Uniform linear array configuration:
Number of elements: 12
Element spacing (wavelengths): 1
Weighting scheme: uniform
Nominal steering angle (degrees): -30
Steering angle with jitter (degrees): -30.515
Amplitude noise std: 0.05
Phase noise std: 0.05

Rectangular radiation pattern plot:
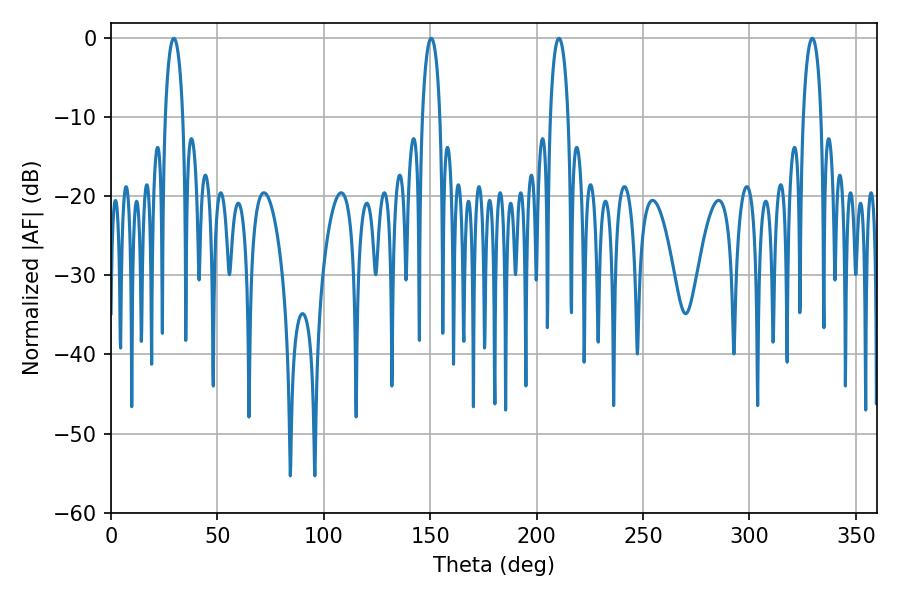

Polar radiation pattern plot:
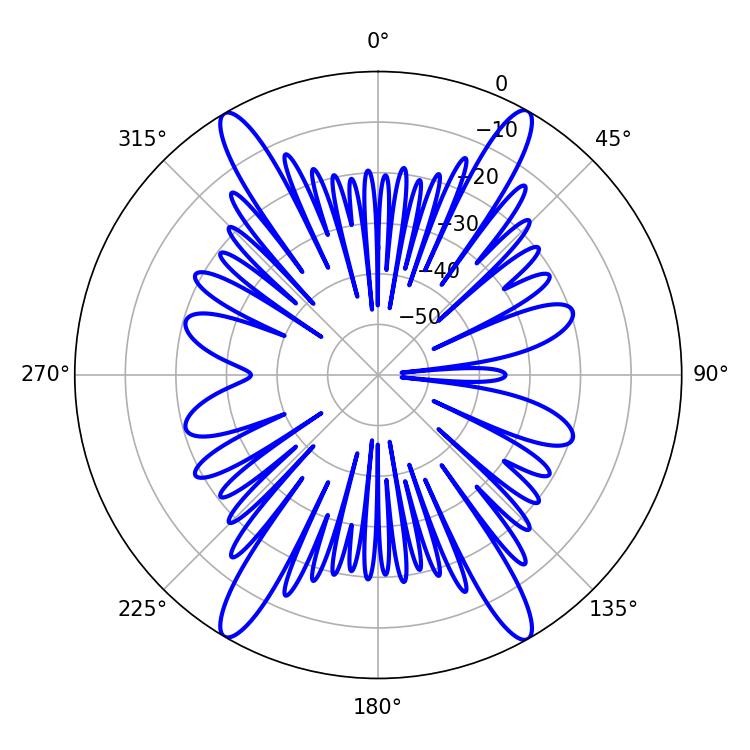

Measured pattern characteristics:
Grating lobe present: TRUE
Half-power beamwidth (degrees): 4.68
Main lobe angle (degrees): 150.48